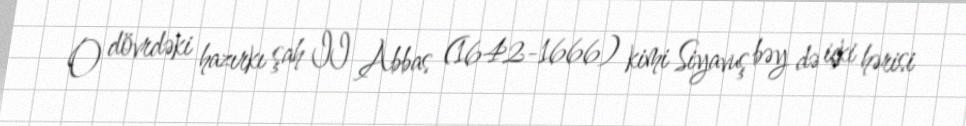
O dövrdəki hazırkı şah II Abbas (1642-1666) kimi Siyavuş bəy də içki hərisi